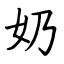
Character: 奶